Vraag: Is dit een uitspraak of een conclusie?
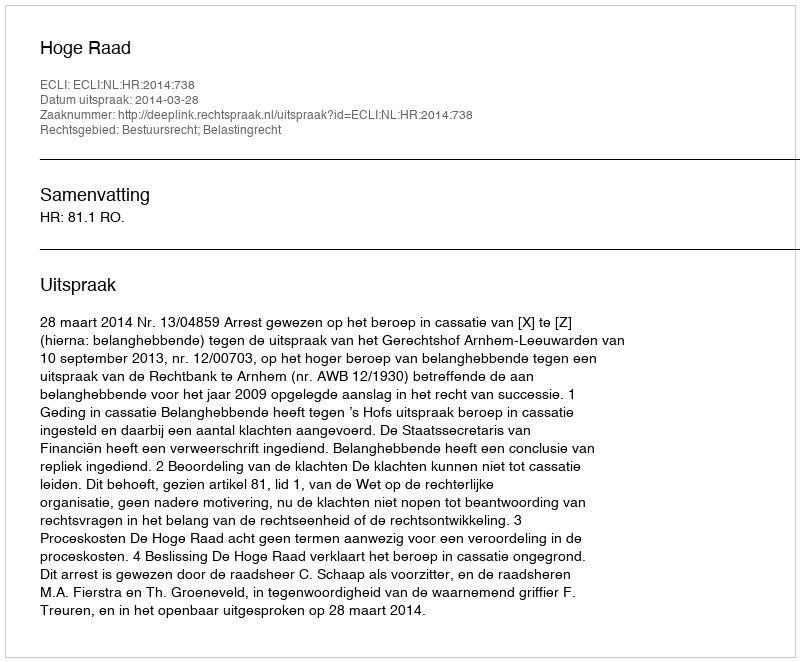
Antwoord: Uitspraak